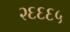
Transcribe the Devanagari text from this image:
२६६६५